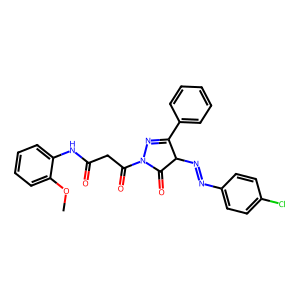
SMILES: COc1ccccc1NC(=O)CC(=O)N1N=C(c2ccccc2)C(N=Nc2ccc(Cl)cc2)C1=O
Inhibits HIV replication: No